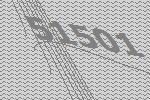
51501